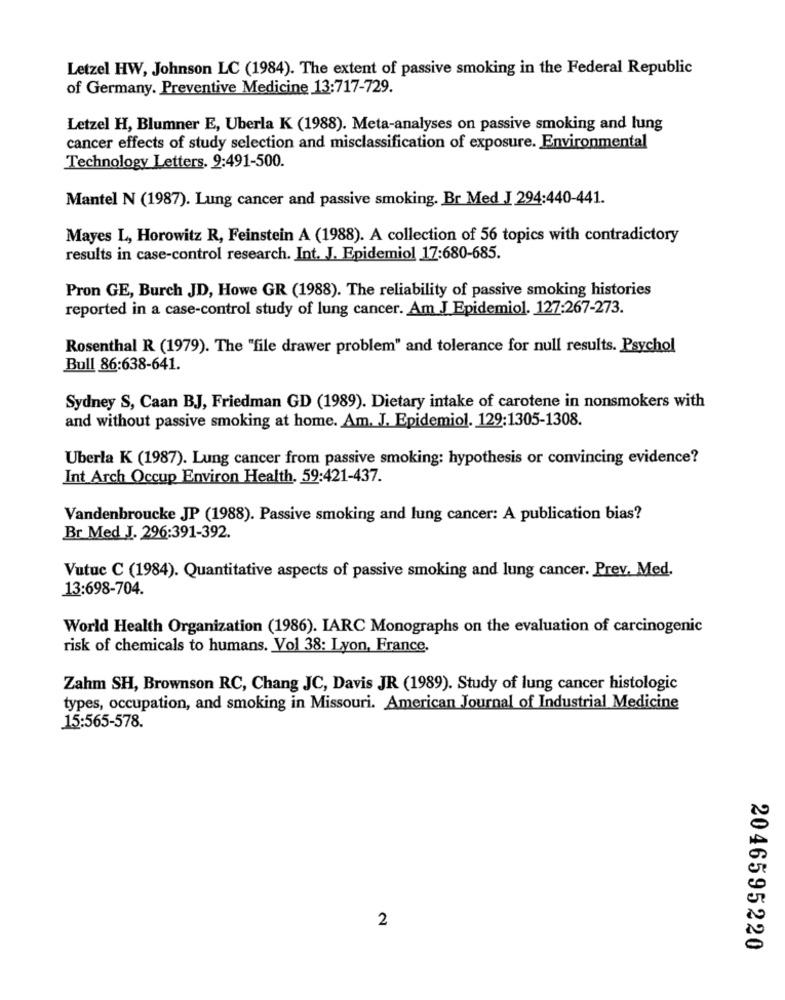
Letzel HW, Johnson LC (1984). The extent of passive smoking in the Federal Republic
of Germany. Preventive Medicine 13:717-729.
Letzel H, Blumner E, Uberla K (1988). Meta-analyses on passive smoking and lung
cancer effects of study selection and misclassification of exposure. Environmental
Technology Letters. 9:491-500.
Mantel N (1987). Lung cancer and passive smoking. Br Med J 294:440-441.
Mayes L, Horowitz R, Feinstein A (1988). A collection of 56 topics with contradictory
results in case-control research. Int. J. Epidemiol 17:680-685.
Pron GE, Burch JD, Howe GR (1988). The reliability of passive smoking histories
reported in a case-control study of lung cancer. Am J Epidemiol. 127:267-273.
Rosenthal R (1979). The "file drawer problem" and tolerance for null results. Psychol
Bull 86:638-641.
Sydney S, Caan BJ, Friedman GD (1989). Dietary intake of carotene in nonsmokers with
and without passive smoking at home. Am. J. Epidemiol. 129:1305-1308.
Uberla K (1987). Lung cancer from passive smoking: hypothesis or convincing evidence?
Int Arch Occup Environ Health. 59:421-437.
Vandenbroucke JP (1988). Passive smoking and lung cancer: A publication bias?
Br Med J. 296:391-392.
Vutuc C (1984). Quantitative aspects of passive smoking and lung cancer. Prev. Med.
13:698-704.
World Health Organization (1986). IARC Monographs on the evaluation of carcinogenic
risk of chemicals to humans. Vol 38: Lyon, France.
Zahm SH, Brownson RC, Chang JC, Davis JR (1989). Study of lung cancer histologic
types, occupation, and smoking in Missouri. American Journal of Industrial Medicine
15:565-578.
2
2046595220